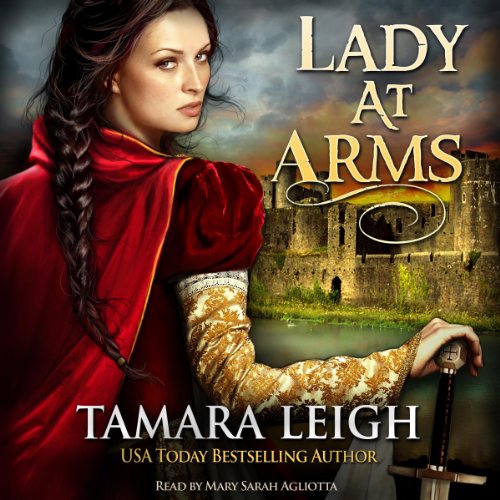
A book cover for Lady at Arms; Tamara Leigh; Romance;